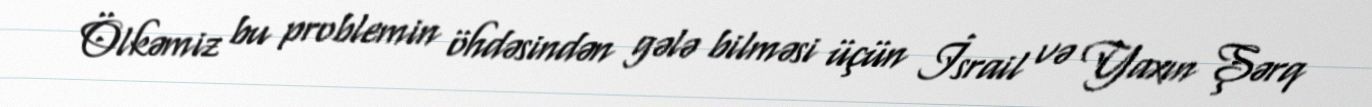
Ölkəmiz bu problemin öhdəsindən gələ bilməsi üçün İsrail və Yaxın Şərq